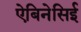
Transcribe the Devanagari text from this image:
ऐबिनेसिई